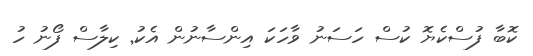
ކޮބާ ފުސްކެޔޮ ކުސް ހަސަނު ވާހަކަ އިންސާނުން އެކު